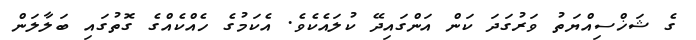
ގެ ޝަޚްސިއްޔަތު ވަރުގަދަ ކަން އަންގައިދޭ ކުލައެކެވެ. އެކަމުގެ ހެއްކެއްގެ ގޮތުގައި ބަލާލަން